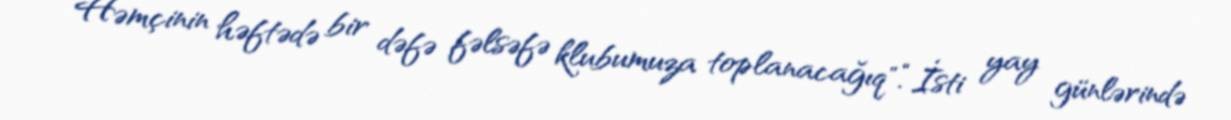
Həmçinin həftədə bir dəfə fəlsəfə klubumuza toplanacağıq".“İsti yay günlərində